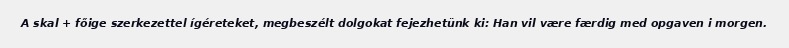
A skal + főige szerkezettel ígéreteket, megbeszélt dolgokat fejezhetünk ki: Han vil være færdig med opgaven i morgen.